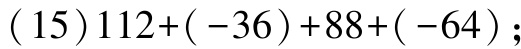
$(15)112+(-36)+88+(-64);$